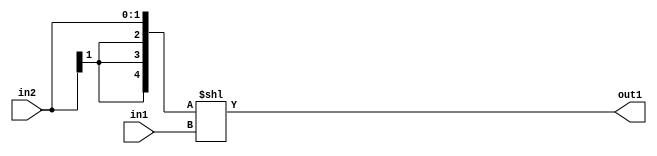
`timescale 1ps / 1ps
/*****************************************************************************
    Verilog RTL Description
    
    
    Created by: CellMath Designer 2019.1.01 
*******************************************************************************/

module DFT_compute_LeftShift_2Sx2U_5S_0 (
	in2,
	in1,
	out1
	); /* architecture "behavioural" */ 
input [1:0] in2,
	in1;
output [4:0] out1;
wire [4:0] asc001;

assign asc001 = {{3{in2[1]}}, in2} << in1;

assign out1 = asc001;
endmodule

/* CADENCE  ubH1SAA= : u9/ySgnWtBlWxVPRXgAZ4Og= ** DO NOT EDIT THIS LINE ******/